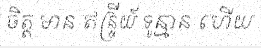
ចិត្ត មាន ឥន្ទ្រីយ៍ ទូន្មាន ហើយ